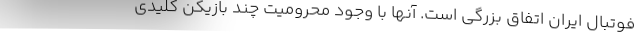
فوتبال ایران اتفاق بزرگی است. آنها با وجود محرومیت چند بازیکن کلیدی